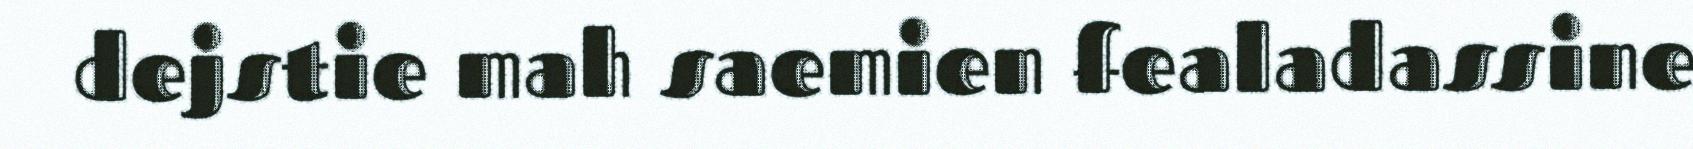
dejstie mah saemien fealadassine